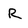
Character: R